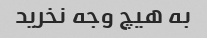
به هیچ وجه نخرید